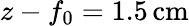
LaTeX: z-f_{0}=1.5\, \mathrm{cm}